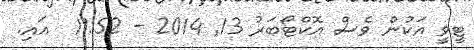
ޓީވީ އަކުން ވެސް އޮކްޓޯބަރު 13